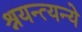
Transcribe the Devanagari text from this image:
श्रयन्त्यन्ये